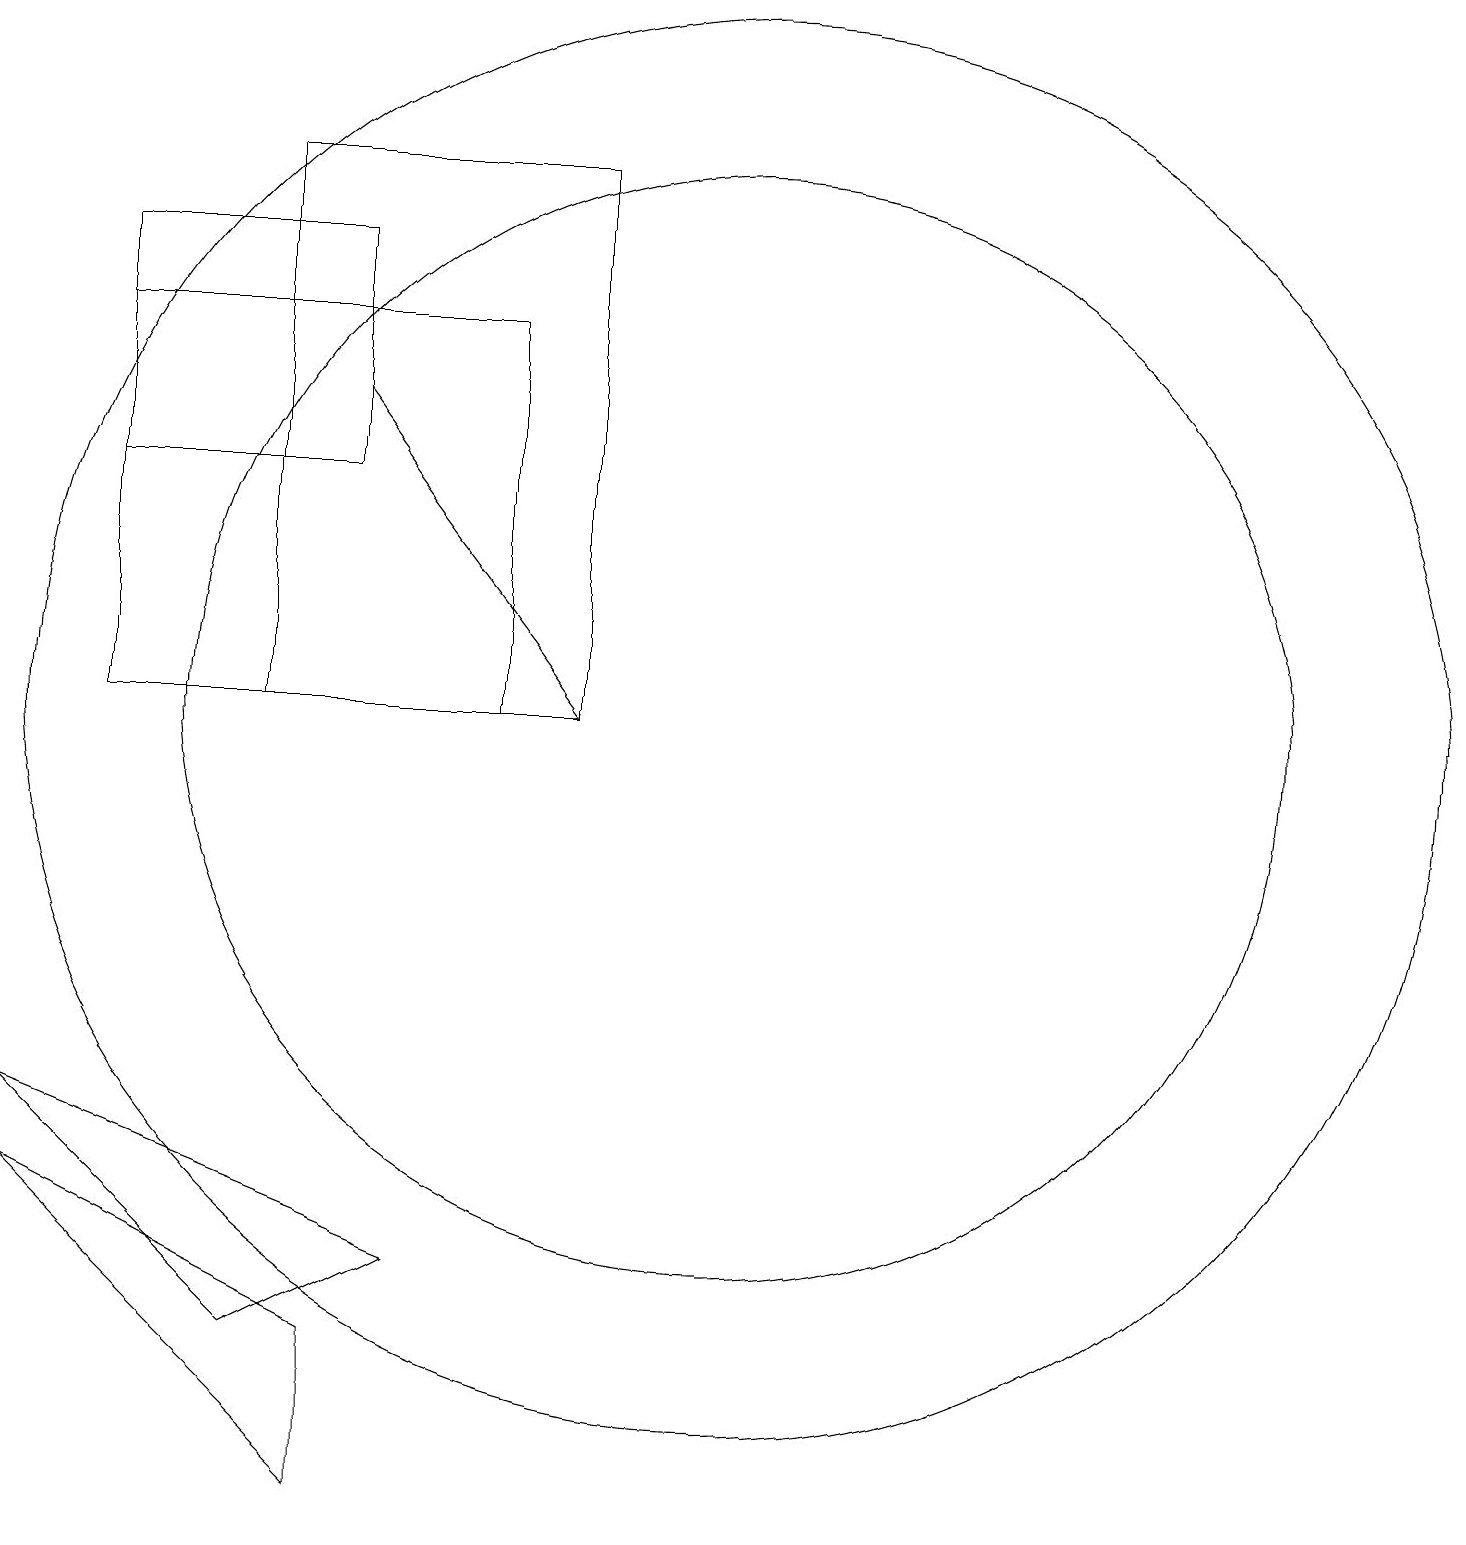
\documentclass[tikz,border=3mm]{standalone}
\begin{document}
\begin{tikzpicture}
\draw (5,3) -- (7,4) -- (2,6) -- cycle;
\draw (6,1) -- (6,3) -- (2,5) -- cycle;
\draw (11,11) circle (9);
\draw[->] (6,15) -- (9,11);
\draw (11,11) circle (7);
\draw (9,18) rectangle (5,11);
\draw (3,11) rectangle (8,16);
\draw (6,14) rectangle (3,17);
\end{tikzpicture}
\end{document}